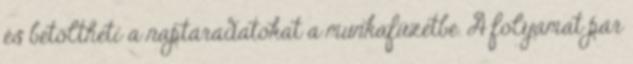
és betöltheti a naptáradatokat a munkafüzetbe. A folyamat pár